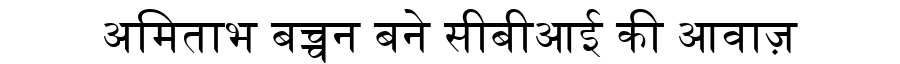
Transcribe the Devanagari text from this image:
अमिताभ बच्चन बने सीबीआई की आवाज़